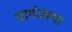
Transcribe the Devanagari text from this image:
सामंजस्या